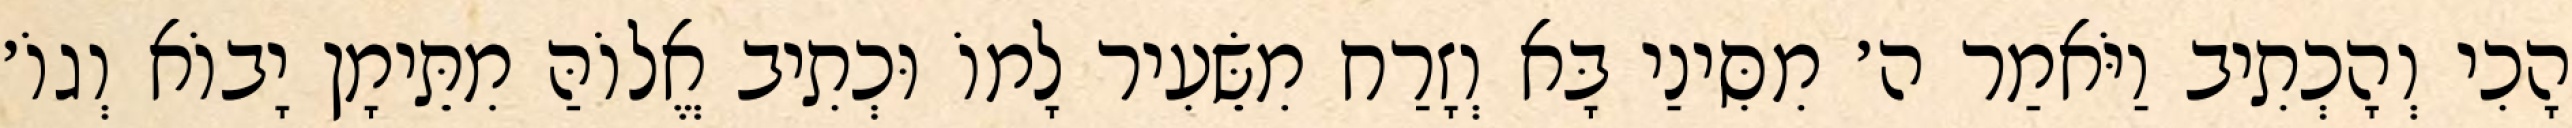
הָכִי וְהָכְתִיב וַיֹּאמַר ה׳ מִסִּינַי בָּא וְזָרַח מִשֵּׂעִיר לָמוֹ וּכְתִיב אֱלוֹהַּ מִתֵּימָן יָבוֹא וְגוֹ׳